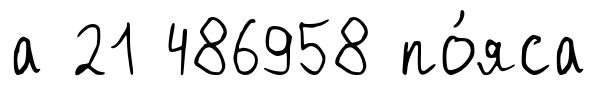
а 21 486958 по́яса